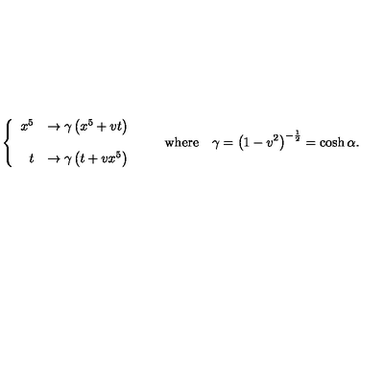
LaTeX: \left\{ \begin{array} { r l } { x ^ { 5 } } & { \rightarrow \gamma \left( x ^ { 5 } + v t \right) } \\ { } & { } \\ { t } & { \rightarrow \gamma \left( t + v x ^ { 5 } \right) } \\ \end{array} \right. \qquad \mathrm { w h e r e } \quad \gamma = \left( 1 - v ^ { 2 } \right) ^ { - { \frac { 1 } { 2 } } } = \cosh \alpha .